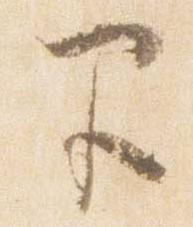
早